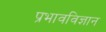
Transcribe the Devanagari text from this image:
प्रभावविज्ञान